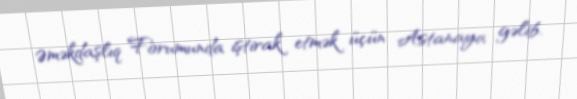
Əməkdaşlıq Forumunda iştirak etmək üçün Astanaya gəlib.